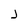
Character: j